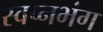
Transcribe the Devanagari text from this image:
स्वप्नभंग